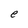
Character: e